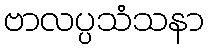
ဗာလပ္ပသံသနာ